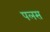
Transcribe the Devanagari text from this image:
पलस